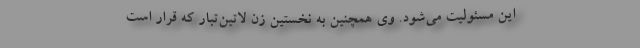
این مسئولیت می‌شود. وی همچنین به نخستین زن لاتین‌تبار که قرار است